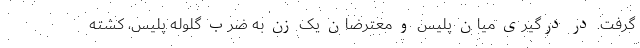
گرفت. در درگیری میان پلیس و معترضان یک زن به ضرب گلوله پلیس، کشته